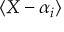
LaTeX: \langle X - \alpha _ { i } \rangle